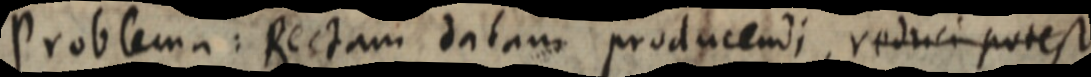
Problema: Rectam datum producendi, reduci potest